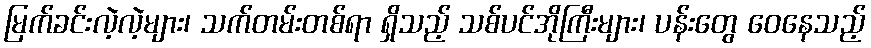
မြက်ခင်းလဲ့လဲ့များ၊ သက်တမ်းတစ်ရာ ရှိသည့် သစ်ပင်အိုကြီးများ၊ ပန်းတွေ ဝေနေသည့်